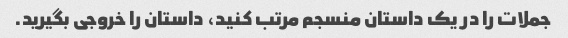
جملات را در یک داستان منسجم مرتب کنید، داستان را خروجی بگیرید.